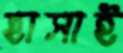
হাসাই